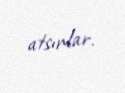
atsınlar.